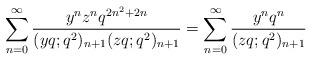
LaTeX: \begin{align*} \sum_{n=0}^{\infty}\frac{y^nz^nq^{2n^2+2n}}{(yq;q^2)_{n+1}(zq;q^2)_{n+1}}=\sum_{n=0}^{\infty}\frac{y^nq^n}{(zq;q^2)_{n+1}}\end{align*}